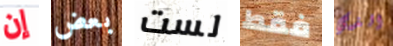
إن بعض لست فقط الذي